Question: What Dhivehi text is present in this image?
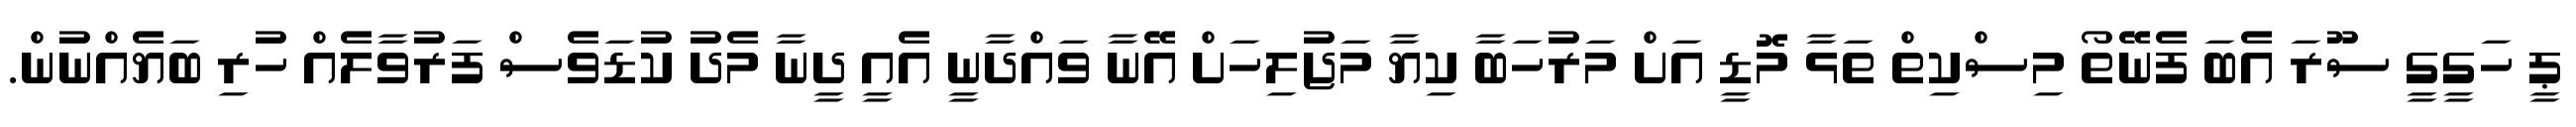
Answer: ޕީ ހަގީގީ ސޫރަ އެބަ ފެނޭތޯ މިސްކިތް ތަޅާ މޮޑީ އަށް މަރުހަބާ ކިޔާ މަޖުލިހަށް އޭނާ ވައްދާނީ އެއީ ދީނާ މެދު ކުޑަވެސް ފަރުވާލެއް ހުރި ބަޔެއްނުން.